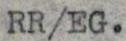
RR/EG.